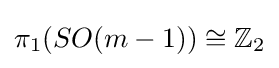
\pi _{1}(SO(m-1))\cong \mathbb {Z} _{2}